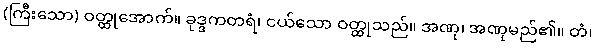
(ကြီးသော) ဝတ္ထုအောက်။ ခုဒ္ဒကတရံ၊ ငယ်သော ဝတ္ထုသည်။ အဏု၊ အဏုမည်၏။ တံ၊